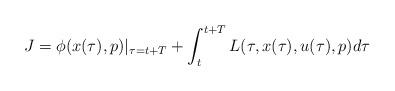
LaTeX: \begin{align*}J = \phi(x(\tau),p)|_{\tau=t+T}+\int_t^{t+T}L(\tau,x(\tau),u(\tau),p)d\tau\end{align*}